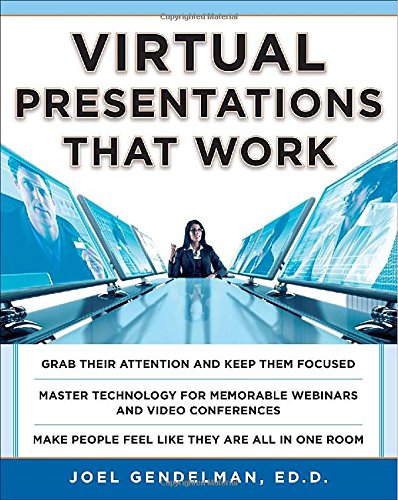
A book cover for Virtual Presentations That Work; Joel Gendelman; Computers & Technology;